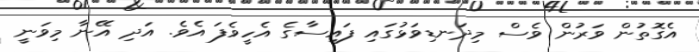
އެގޮތުން ވަރުން ވެސް މިދަނޑިވަޅުގައި ފައިސާގެ އެހީވެފަ އެވެ. އަދި އޭނާ މިވަނީ